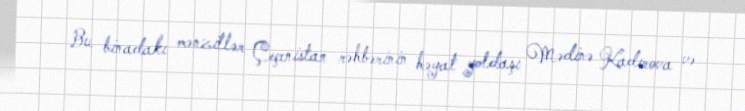
Bu binadakı mənzillər Çeçenistan rəhbərinin həyat yoldaşı Mədinə Kadırova və